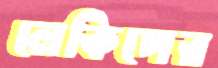
লেকিপের